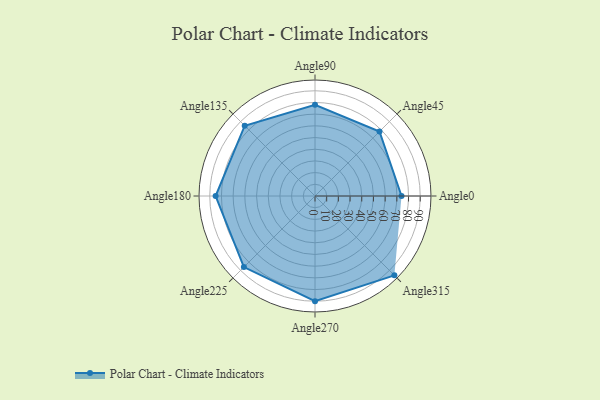
{"axis": {"x": "Angle", "y": "Radius"}, "legend": [""], "data": [{"x": "Angle0", "y": 74.0, "type": ""}, {"x": "Angle45", "y": 78.0, "type": ""}, {"x": "Angle90", "y": 78.0, "type": ""}, {"x": "Angle135", "y": 85.0, "type": ""}, {"x": "Angle180", "y": 85.0, "type": ""}, {"x": "Angle225", "y": 86.0, "type": ""}, {"x": "Angle270", "y": 90.0, "type": ""}, {"x": "Angle315", "y": 96.0, "type": ""}]}